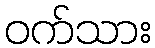
ဝက်သား